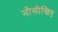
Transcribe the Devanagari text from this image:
नौसीखिए